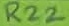
Text: R22